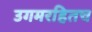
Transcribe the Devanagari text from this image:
उगमरहितच